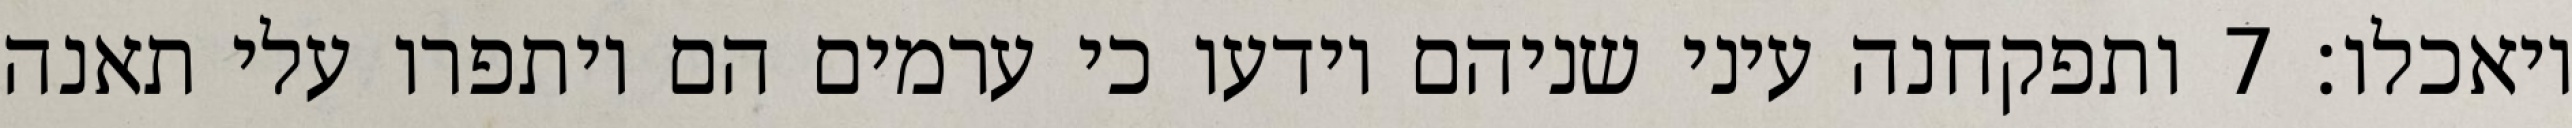
ויאכלו׃ ‎7‏ ותפקחנה עיני שניהם וידעו כי ערמים הם ויתפרו עלי תאנה